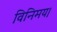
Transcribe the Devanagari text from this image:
विनिमय।